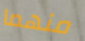
منهما